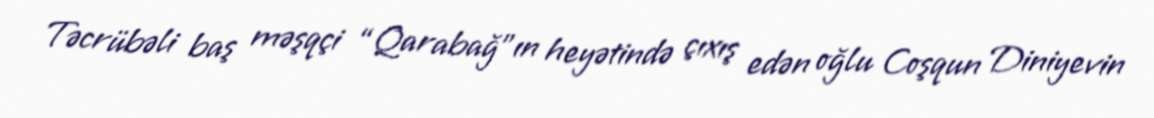
Təcrübəli baş məşqçi “Qarabağ”ın heyətində çıxış edən oğlu Coşqun Diniyevin